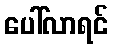
ပေါ်လာရင်